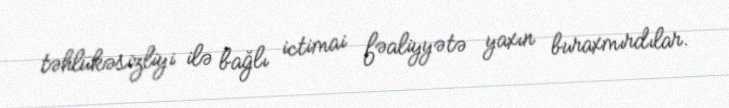
təhlükəsizliyi ilə bağlı ictimai fəaliyyətə yaxın buraxmırdılar.